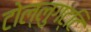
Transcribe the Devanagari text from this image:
टोल्लुगट्टि